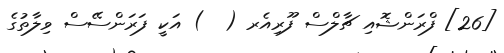
[26] ފްރަންޝޮއި ޗާލްސް ފޫރިއެރ (  ) އަކީ ފަރަންސޭސް ވިލާތުގެ